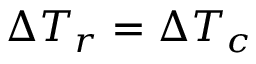
\Delta T _ { r } = \Delta T _ { c }